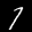
Label: 7